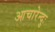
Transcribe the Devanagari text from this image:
आचारेन्दुः